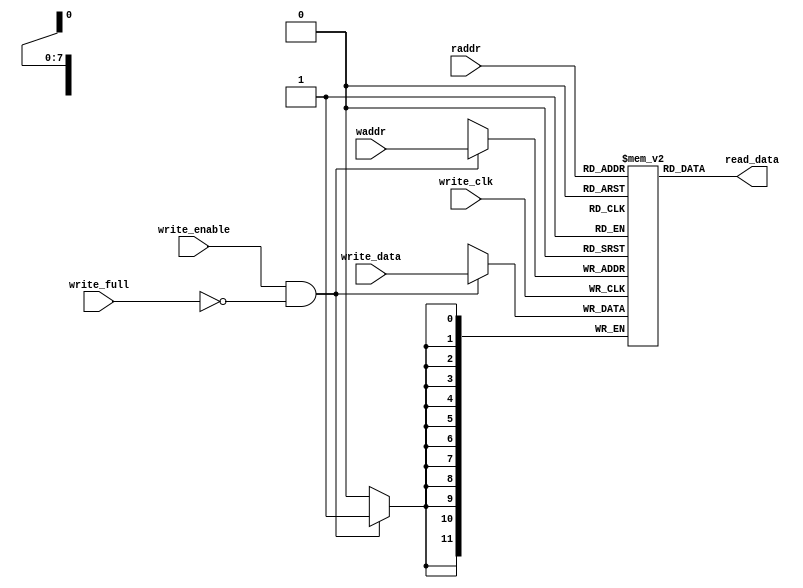
module fifomem
#(
  parameter DATASIZE = 12, // Memory data word width
  parameter ADDRSIZE = 8  // Number of mem address bits
)
(
  input   write_enable, write_full, write_clk,
  input   [ADDRSIZE-1:0] waddr, raddr,
  input   [DATASIZE-1:0] write_data,
  output  [DATASIZE-1:0] read_data
);
  // RTL Verilog memory model
  localparam DEPTH = 1<<ADDRSIZE;//2*adDATASIZE

  reg [DATASIZE-1:0] mem [0:DEPTH-1];

  assign read_data = mem[raddr];

  always@(posedge write_clk)
    if (write_enable && !write_full) 
      	mem[waddr] <= write_data; 
endmodule


module rptr_empty
#(
  parameter ADDRSIZE = 8
)
(
  input   read_enable, read_clk, read_reset_n,
  input   [ADDRSIZE :0] rq2_wptr,
  output reg  read_empty,
  output  [ADDRSIZE-1:0] raddr,
  output reg [ADDRSIZE :0] rptr
);

  reg [ADDRSIZE:0] rbin;
  wire [ADDRSIZE:0] rgraynext, rbinnext;
  wire read_empty_val;
  //-------------------
  // GRAYSTYLE2 pointer
  //-------------------
  always@(posedge read_clk or negedge read_reset_n)
    if (!read_reset_n)
      {rbin, rptr} <= 0;
    else
      {rbin, rptr} <= {rbinnext, rgraynext};

  // Memory read-address pointer (okay to use binary to address memory)
  assign raddr = rbin[ADDRSIZE-1:0];
  assign rbinnext = rbin + (read_enable & ~read_empty);
  assign rgraynext = (rbinnext>>1) ^ rbinnext;

  //---------------------------------------------------------------
  // FIFO empty when the next rptr == synchronized wptr or on reset
  //---------------------------------------------------------------
  assign read_empty_val = (rgraynext == rq2_wptr);

  always@(posedge read_clk or negedge read_reset_n)
    if (!read_reset_n)
      read_empty <= 1'b1;
    else
      read_empty <= read_empty_val;

endmodule

module sync_r2w
#(
  parameter ADDRSIZE = 8
)
(
  input   write_clk, write_reset_n,
  input   [ADDRSIZE:0] rptr,
  output reg  [ADDRSIZE:0] wq2_rptr//readpointer with write side
);

  reg [ADDRSIZE:0] wq1_rptr;

  always@(posedge write_clk or negedge write_reset_n)
    if (!write_reset_n) {wq2_rptr,wq1_rptr} <= 0;
    else {wq2_rptr,wq1_rptr} <= {wq1_rptr,rptr};

endmodule

module sync_w2r
#(
  parameter ADDRSIZE = 8
)
(
  input   read_clk, read_reset_n,
  input   [ADDRSIZE:0] wptr,
  output reg [ADDRSIZE:0] rq2_wptr
);

  reg [ADDRSIZE:0] rq1_wptr;

  always@(posedge read_clk or negedge read_reset_n)
    if (!read_reset_n)
      {rq2_wptr,rq1_wptr} <= 0;
    else
      {rq2_wptr,rq1_wptr} <= {rq1_wptr,wptr};

endmodule

module wptr_full
#(
  parameter ADDRSIZE = 8
)
(
  input   write_enable, write_clk, write_reset_n,
  input   [ADDRSIZE :0] wq2_rptr,
  output reg  write_full,
  output  [ADDRSIZE-1:0] waddr,
  output reg [ADDRSIZE :0] wptr
);

   reg [ADDRSIZE:0] wbin;
  wire [ADDRSIZE:0] wgraynext, wbinnext;
  wire write_full_val;
  // GRAYSTYLE2 pointer
  always@(posedge write_clk or negedge write_reset_n)
    if (!write_reset_n)
      {wbin, wptr} <= 0;
    else
      {wbin, wptr} <= {wbinnext, wgraynext};

  // Memory write-address pointer (okay to use binary to address memory)
  assign waddr = wbin[ADDRSIZE-1:0];
  assign wbinnext = wbin + (write_enable & ~write_full);
  assign wgraynext = (wbinnext>>1) ^ wbinnext;

  //------------------------------------------------------------------
  // Simplified version of the three necessary full-tests:
  // assign write_full_val=((wgnext[ADDRSIZE] !=wq2_rptr[ADDRSIZE] ) &&
  // (wgnext[ADDRSIZE-1] !=wq2_rptr[ADDRSIZE-1]) &&
  // (wgnext[ADDRSIZE-2:0]==wq2_rptr[ADDRSIZE-2:0]));
  //------------------------------------------------------------------
  assign write_full_val = (wgraynext=={~wq2_rptr[ADDRSIZE:ADDRSIZE-1], wq2_rptr[ADDRSIZE-2:0]});

  always@(posedge write_clk or negedge write_reset_n)
    if (!write_reset_n)
      write_full <= 1'b0;
    else
      write_full <= write_full_val;

endmodule

module async_fifo
#(
  parameter DATASIZE = 12,
  parameter ADDRESSSIZE = 8
 )
(
  input   write_enable, write_clk, write_reset_n,//write_enable write enable signal
  input   read_enable, read_clk, read_reset_n,//read_enable read enable signal
  input   [DATASIZE-1:0] write_data,

  output  [DATASIZE-1:0] read_data,
  output  write_full,
  output  read_empty
);

  wire [ADDRESSSIZE-1:0] waddr, raddr;
  wire [ADDRESSSIZE:0] wptr, rptr, wq2_rptr, rq2_wptr;

  sync_r2w sync_r2w (
    .write_clk(write_clk),
    .write_reset_n(write_reset_n),
    .rptr(rptr),
    .wq2_rptr(wq2_rptr)
  );

  sync_w2r sync_w2r (
    .read_clk(read_clk),
    .read_reset_n(read_reset_n),
    .wptr(wptr),
    .rq2_wptr(rq2_wptr)
  );

  fifomem #(DATASIZE, ADDRESSSIZE) fifomem (
    .write_enable(write_enable),
    .write_full(write_full),
    .write_clk(write_clk),
    .waddr(waddr),
    .raddr(raddr),
    .write_data(write_data),
    .read_data(read_data)
  );

  rptr_empty #(ADDRESSSIZE) rptr_empty (
    .read_enable(read_enable),
    .read_clk(read_clk),
    .read_reset_n(read_reset_n),
    .rq2_wptr(rq2_wptr),
    .read_empty(read_empty),
    .raddr(raddr),
    .rptr(rptr)
  );

  wptr_full #(ADDRESSSIZE) wptr_full (
    .write_enable(write_enable),
    .write_clk(write_clk),
    .write_reset_n(write_reset_n),
    .wq2_rptr(wq2_rptr),
    .write_full(write_full),
    .waddr(waddr),
    .wptr(wptr)
  );

endmodule